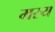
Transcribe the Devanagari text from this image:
मस्य